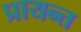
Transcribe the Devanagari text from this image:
प्रायन्त